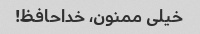
خیلی ممنون، خداحافظ!